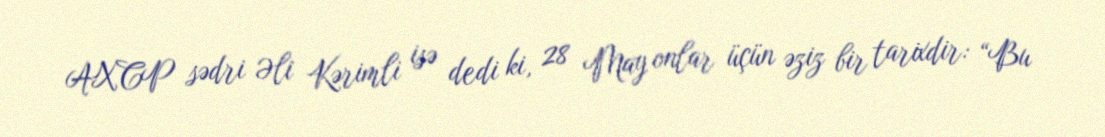
AXCP sədri Əli Kərimli isə dedi ki, 28 May onlar üçün əziz bir tarixdir: “Bu